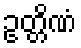
ဥတ္တိဏံ